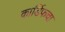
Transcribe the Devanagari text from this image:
कार्डिफचा